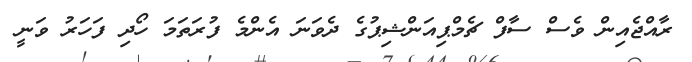
ރާއްޖެއިން ވެސް ސާފް ޗެމްޕިއަންޝިޕުގެ ދެވަނަ އެންމެ ފުރަތަމަ ހޯދި ފަހަރު ވަނީ